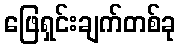
ဖြေရှင်းချက်တစ်ခု